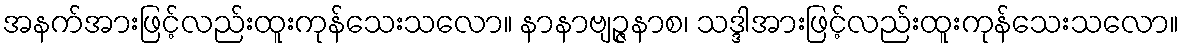
အနက်အားဖြင့်လည်းထူးကုန်သေးသလော။ နာနာဗျဉ္ဇနာစ၊ သဒ္ဒါအားဖြင့်လည်းထူးကုန်သေးသလော။